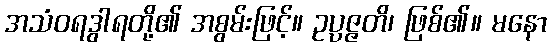
အသံဝရဒွါရတို့၏ အစွမ်းဖြင့်။ ဥပ္ပဇ္ဇတိ၊ ဖြစ်၏။ မနော